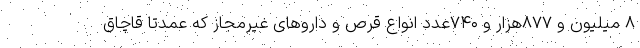
۸ میلیون و ۸۷۷هزار و ۷۴۰عدد انواع قرص و داروهای غیرمجاز که عمدتا قاچاق